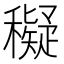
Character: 𥣖